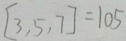
[ 3 , 5 , 7 ] = 1 0 5